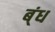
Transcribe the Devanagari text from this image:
ब्ंध